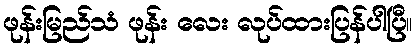
ဖုန်းမြည်သံ ဖုန်း လေး လုပ်ထားပြန်ပါပြီ။